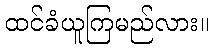
ထင်ခံယူကြမည်လား။